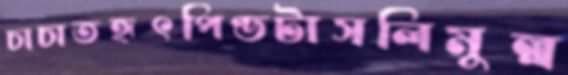
চাচাতহৃৎপিণ্ডটাসলিমুল্ল